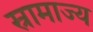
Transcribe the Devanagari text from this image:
स्रामाज्य